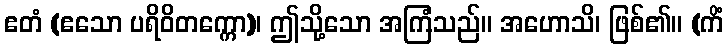
ဧတံ (ဧသော ပရိဝိတက္ကော)၊ ဤသို့သော အကြံသည်။ အဟောသိ၊ ဖြစ်၏။ (ကိံ